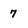
Character: 7